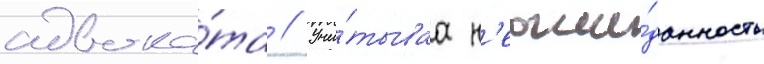
адвока́та // Учи́тываа н'еожи́данность